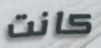
كانت